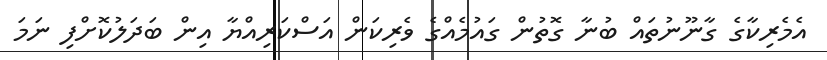
އެމެރިކާގެ ގާނޫނުތައް ބުނާ ގޮތުން ގައުމެއްގެ ވެރިކަން އަސްކަރިއްޔާ އިން ބަދަލުކޮށްފި ނަމަ